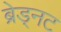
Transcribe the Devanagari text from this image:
ब्रेड्नट